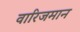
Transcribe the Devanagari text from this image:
वारिजमान